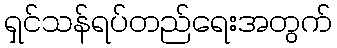
ရှင်သန်ရပ်တည်ရေးအတွက်